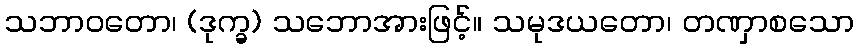
သဘာဝတော၊ (ဒုက္ခ) သဘောအားဖြင့်။ သမုဒယတော၊ တဏှာစသော